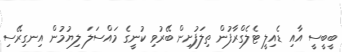
ބީބީސީ އާއި ޑެއިލީ ޓެލެގްރާފުން ތިލަފުށިން ބޭރުވި ކުނީގެ މައްސަލަ ލިޔުމުން އިނގިރޭސި